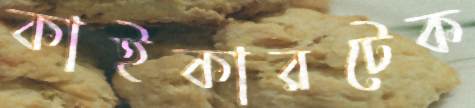
কাইকারটেক